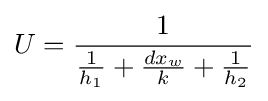
U={\frac {1}{{\frac {1}{h_{1}}}+{\frac {dx_{w}}{k}}+{\frac {1}{h_{2}}}}}